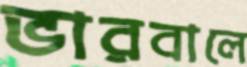
ভারবালে